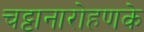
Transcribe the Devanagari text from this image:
चट्टानारोहणके